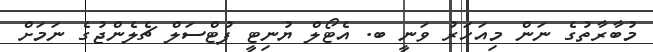
މުބާރާތުގެ ނަން މިއަހަރު ވަނީ ބ. އެޓޯލް ޔުނިޓީ ފުޓްސަލް ޗެލެންޖުގެ ނަމަށް